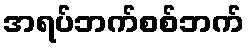
အရပ်ဘက်စစ်ဘက်